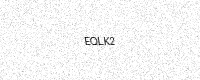
Text: EQLK2